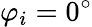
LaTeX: \varphi_{i}=0^{\circ}